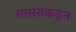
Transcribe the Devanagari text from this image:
मास्साकडुन